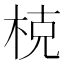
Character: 𣒖